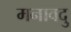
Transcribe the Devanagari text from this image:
मनावदु